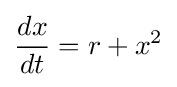
{\frac {dx}{dt}}=r+x^{2}